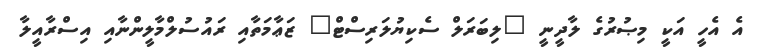
އެ އެހީ އަކީ މިޞުރުގެ ލާދީނީ "ލިބަރަލް ސެކިޔުލަރިސްޓް" ޒަޢާމަތާއި ރައުސުލްމާލީންނާއި އިސްރާއީލާ